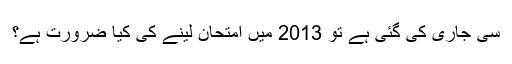
سی جاری کی گئی ہے تو 2013 میں امتحان لینے کی کیا ضرورت ہے؟